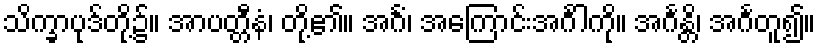
သိက္ခာပုဒ်တို့၌။ အာပတ္တီနံ၊ တို့၏။ အင်္ဂံ၊ အကြောင်းအင်္ဂါကို။ အင်္ဂန္တိ၊ အင်္ဂတူ၍။